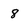
Character: 8